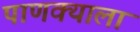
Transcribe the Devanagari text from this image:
पाणक्याला